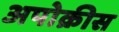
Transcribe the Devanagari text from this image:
अपोक्रीस